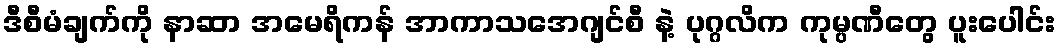
ဒီစီမံချက်ကို နာဆာ အမေရိကန် အာကာသအေဂျင်စီ နဲ့ ပုဂ္ဂလိက ကုမ္ပဏီတွေ ပူးပေါင်း